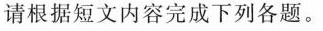
请根据短文内容完成下列各题.